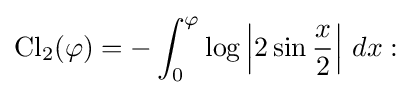
\operatorname {Cl} _{2}(\varphi )=-\int _{0}^{\varphi }\log \left|2\sin {\frac {x}{2}}\right|\,dx: